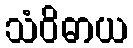
သံဝိဓာယ